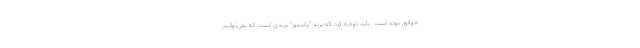
موفق بوده است. باید توجه کرد که برند "پاستور" برندی است که نمی‌توانیم